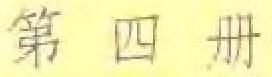
第四册